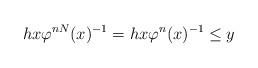
LaTeX: \begin{align*}hx\varphi^{nN}(x)^{-1}= hx\varphi^{n}(x)^{-1} \leq y\end{align*}